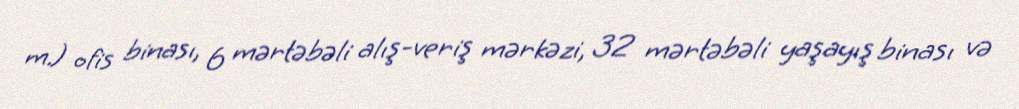
m.) ofis binası, 6 mərtəbəli alış-veriş mərkəzi, 32 mərtəbəli yaşayış binası və